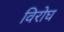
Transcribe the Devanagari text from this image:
विरोघ